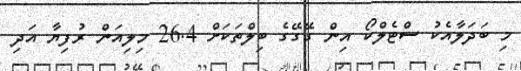
މި ބަދަލާއެކު ސްޓެލްކޯ އިން ގޭގޭގެ ބިލްތަކަށް 26.4 މިލިއަން ރުފިޔާ އަދި